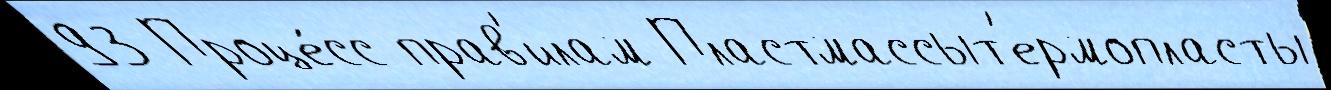
93 Проце́сс прав'илам Пластмассыт'ермопласты